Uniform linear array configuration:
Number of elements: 24
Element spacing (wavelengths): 1
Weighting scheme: hann
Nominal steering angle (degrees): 0
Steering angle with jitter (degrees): -1.106
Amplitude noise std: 0.05
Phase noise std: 0.05

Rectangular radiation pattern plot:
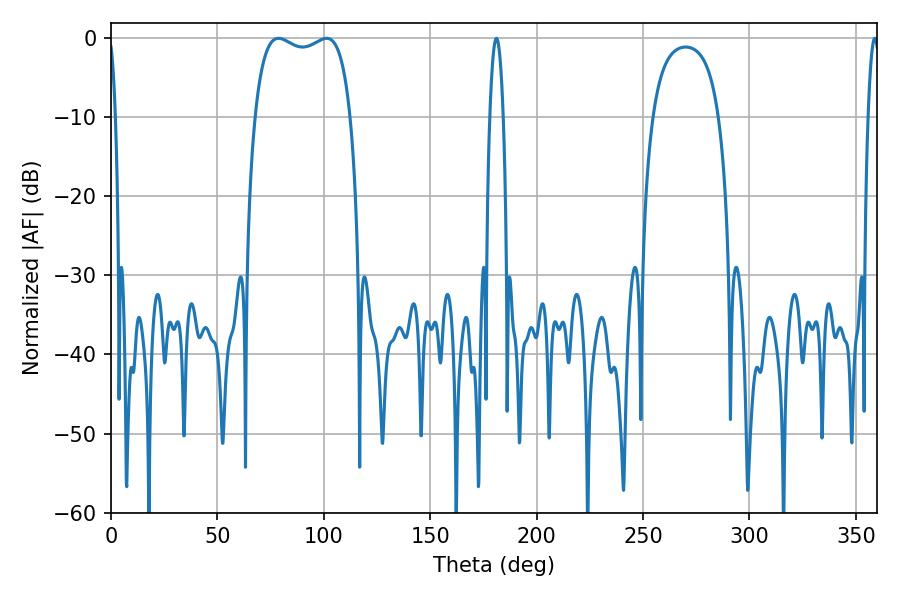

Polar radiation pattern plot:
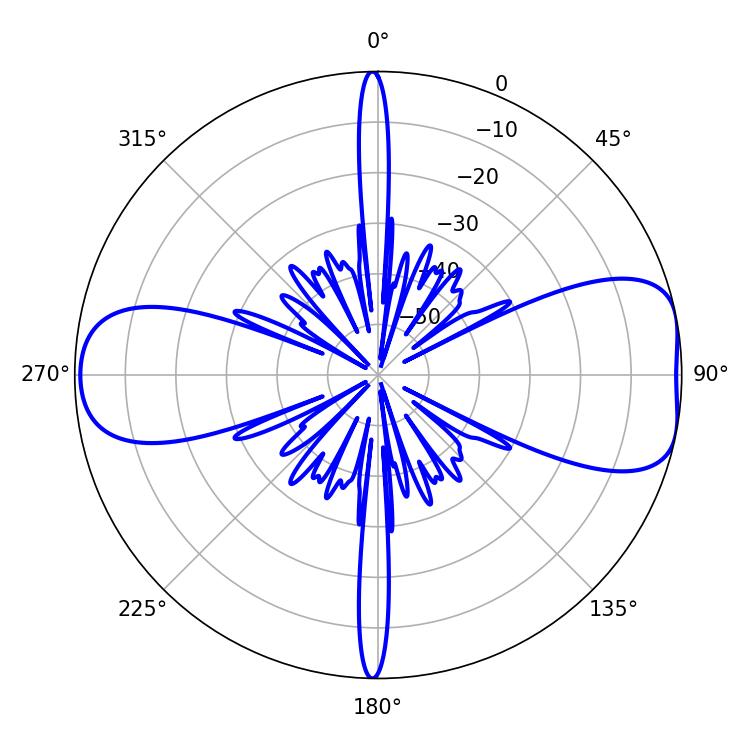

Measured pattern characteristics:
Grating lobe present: TRUE
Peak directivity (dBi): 8.278
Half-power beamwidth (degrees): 36.72
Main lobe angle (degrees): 78.66